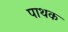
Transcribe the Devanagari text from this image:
पाथक